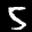
Label: 5